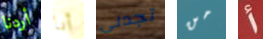
أردنا أنا تجدني من أ